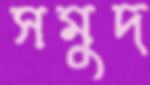
সমুদ